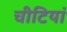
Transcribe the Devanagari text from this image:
चीटियां